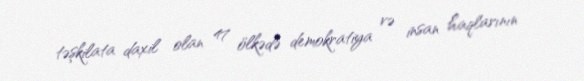
təşkilata daxil olan 47 ölkədə demokratiya və insan haqlarının